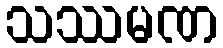
သဿမဏ